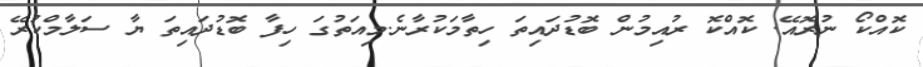
ކޮއްކޯ ނުރޮއޭ. ކޮއްކޮ ރުއިމުން ބޮޑުދައިތަ ހިތާމަކުރާނެ.މިއަތުގަ ހިފާ ބޮޑުދައިތަ ޔާ ސަލާމްކުރޭ